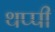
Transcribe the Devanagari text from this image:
थप्पी